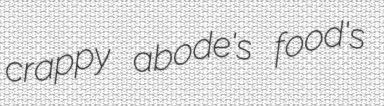
crappy abode's food's